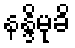
နန္ဒိမုခိ